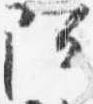
阿